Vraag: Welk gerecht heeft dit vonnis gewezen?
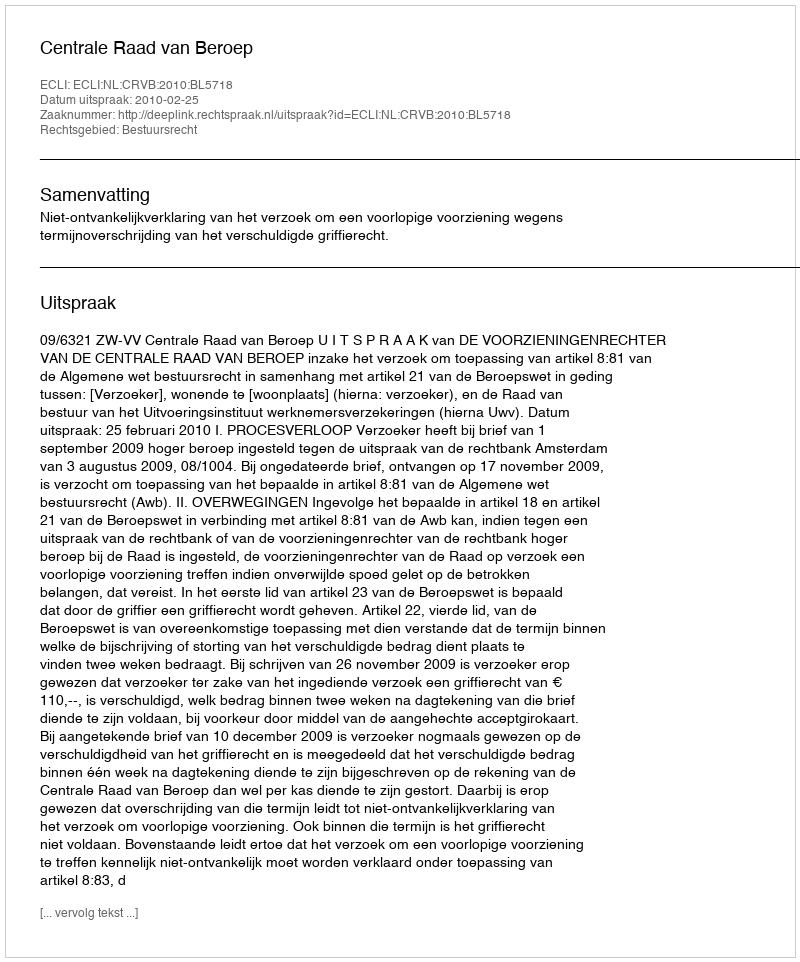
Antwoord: Centrale Raad van Beroep